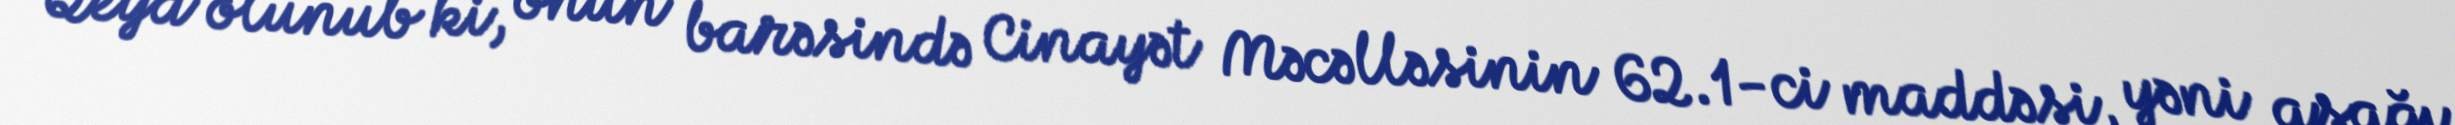
Qeyd olunub ki, onun barəsində Cinayət Məcəlləsinin 62.1-ci maddəsi, yəni aşağı